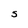
Character: S